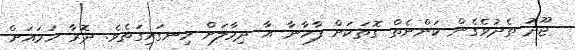
ޖޫދު ތެދުވެގެން ކަންނެތް ގޮތަކަށް ފާހާނާ އާ ދިމާލަށް ހިނގައިގަތެވެ. ދޮރާ ހަމައަށް